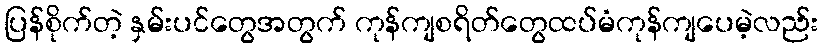
ပြန်စိုက်တဲ့ နှမ်းပင်တွေအတွက် ကုန်ကျစရိတ်တွေထပ်မံကုန်ကျပေမဲ့လည်း